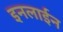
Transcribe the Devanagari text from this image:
इनलाईन